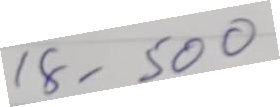
18 - 500